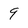
Character: 9